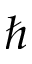
\hbar